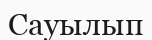
Сауылып